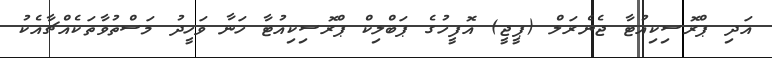
އަދި ޕްރޮސިކިއުޓާ ޖެނެރަލް (ޕީޖީ) އޮފީހުގެ ޕަބްލިކް ޕްރޮސިކިއުޓާ ހަނާ ވަހީދު މަސްތުވާތަކެއްޗާއެކު